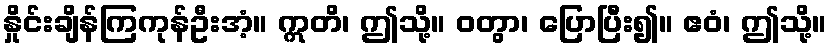
နှိုင်းချိန်ကြကုန်ဦးအံ့။ ဣတိ၊ ဤသို့။ ဝတွာ၊ ပြောပြီး၍။ ဧဝံ၊ ဤသို့။